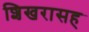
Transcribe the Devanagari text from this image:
शिखरासह